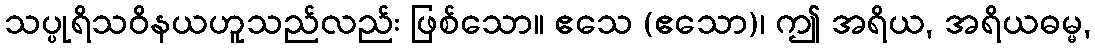
သပ္ပုရိသဝိနယဟူသည်လည်း ဖြစ်သော။ ဧသေ (ဧသော)၊ ဤ အရိယ, အရိယဓမ္မ,